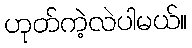
ဟုတ်ကဲ့လဲပါမယ်။